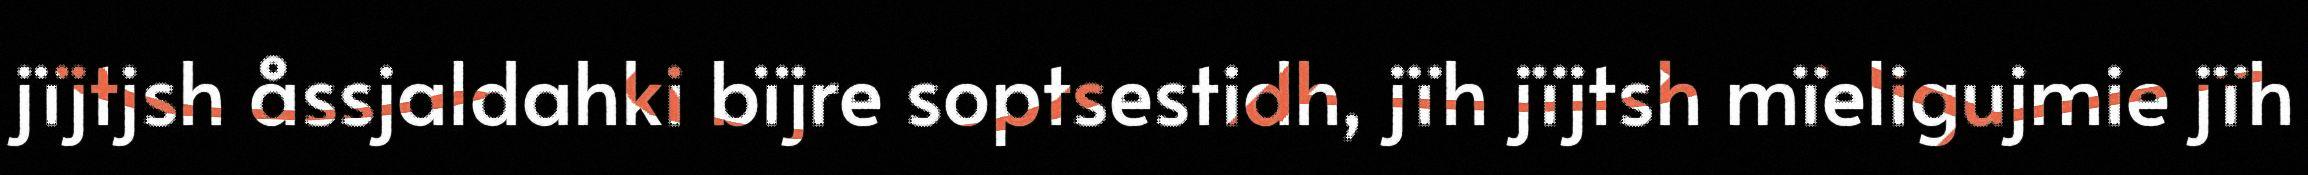
jïjtjsh åssjaldahki bïjre soptsestidh, jïh jïjtsh mïeligujmie jïh